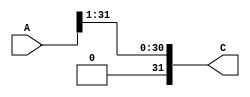
module srl(
	input wire [31:0] A, 
	output wire [31:0] C
);

assign C = A >>> 1;
endmodule